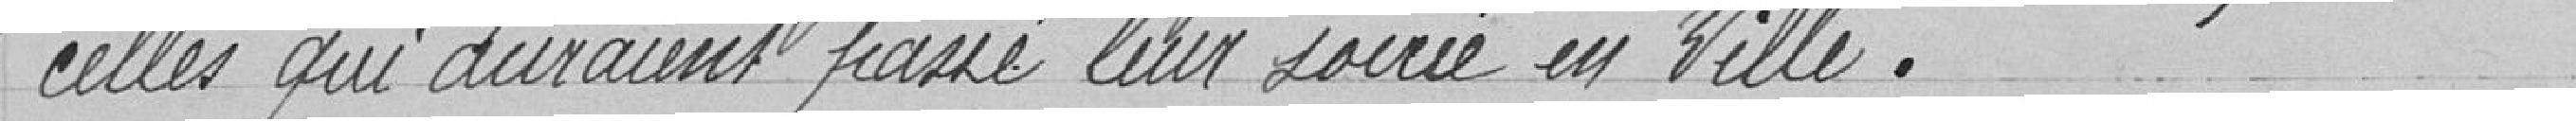
celles qui auraient passé leur soirée en ville.